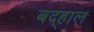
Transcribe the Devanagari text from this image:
बद्हाल